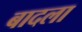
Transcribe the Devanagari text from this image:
बादला